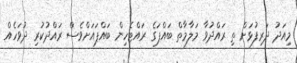
މިއަދު ދަރިފުޅަށް ތި ރައްދުވާ މަލާމާތް ބައްޕަގެ ރައްޓެހިން ބައްޕައަށްވެސް ރައްދުކުރި ދުވަހެއް